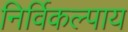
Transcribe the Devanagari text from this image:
निर्विकल्पाय